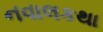
નવાલકથા